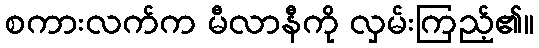
စကားလက်က မီလာနီကို လှမ်းကြည့်၏။